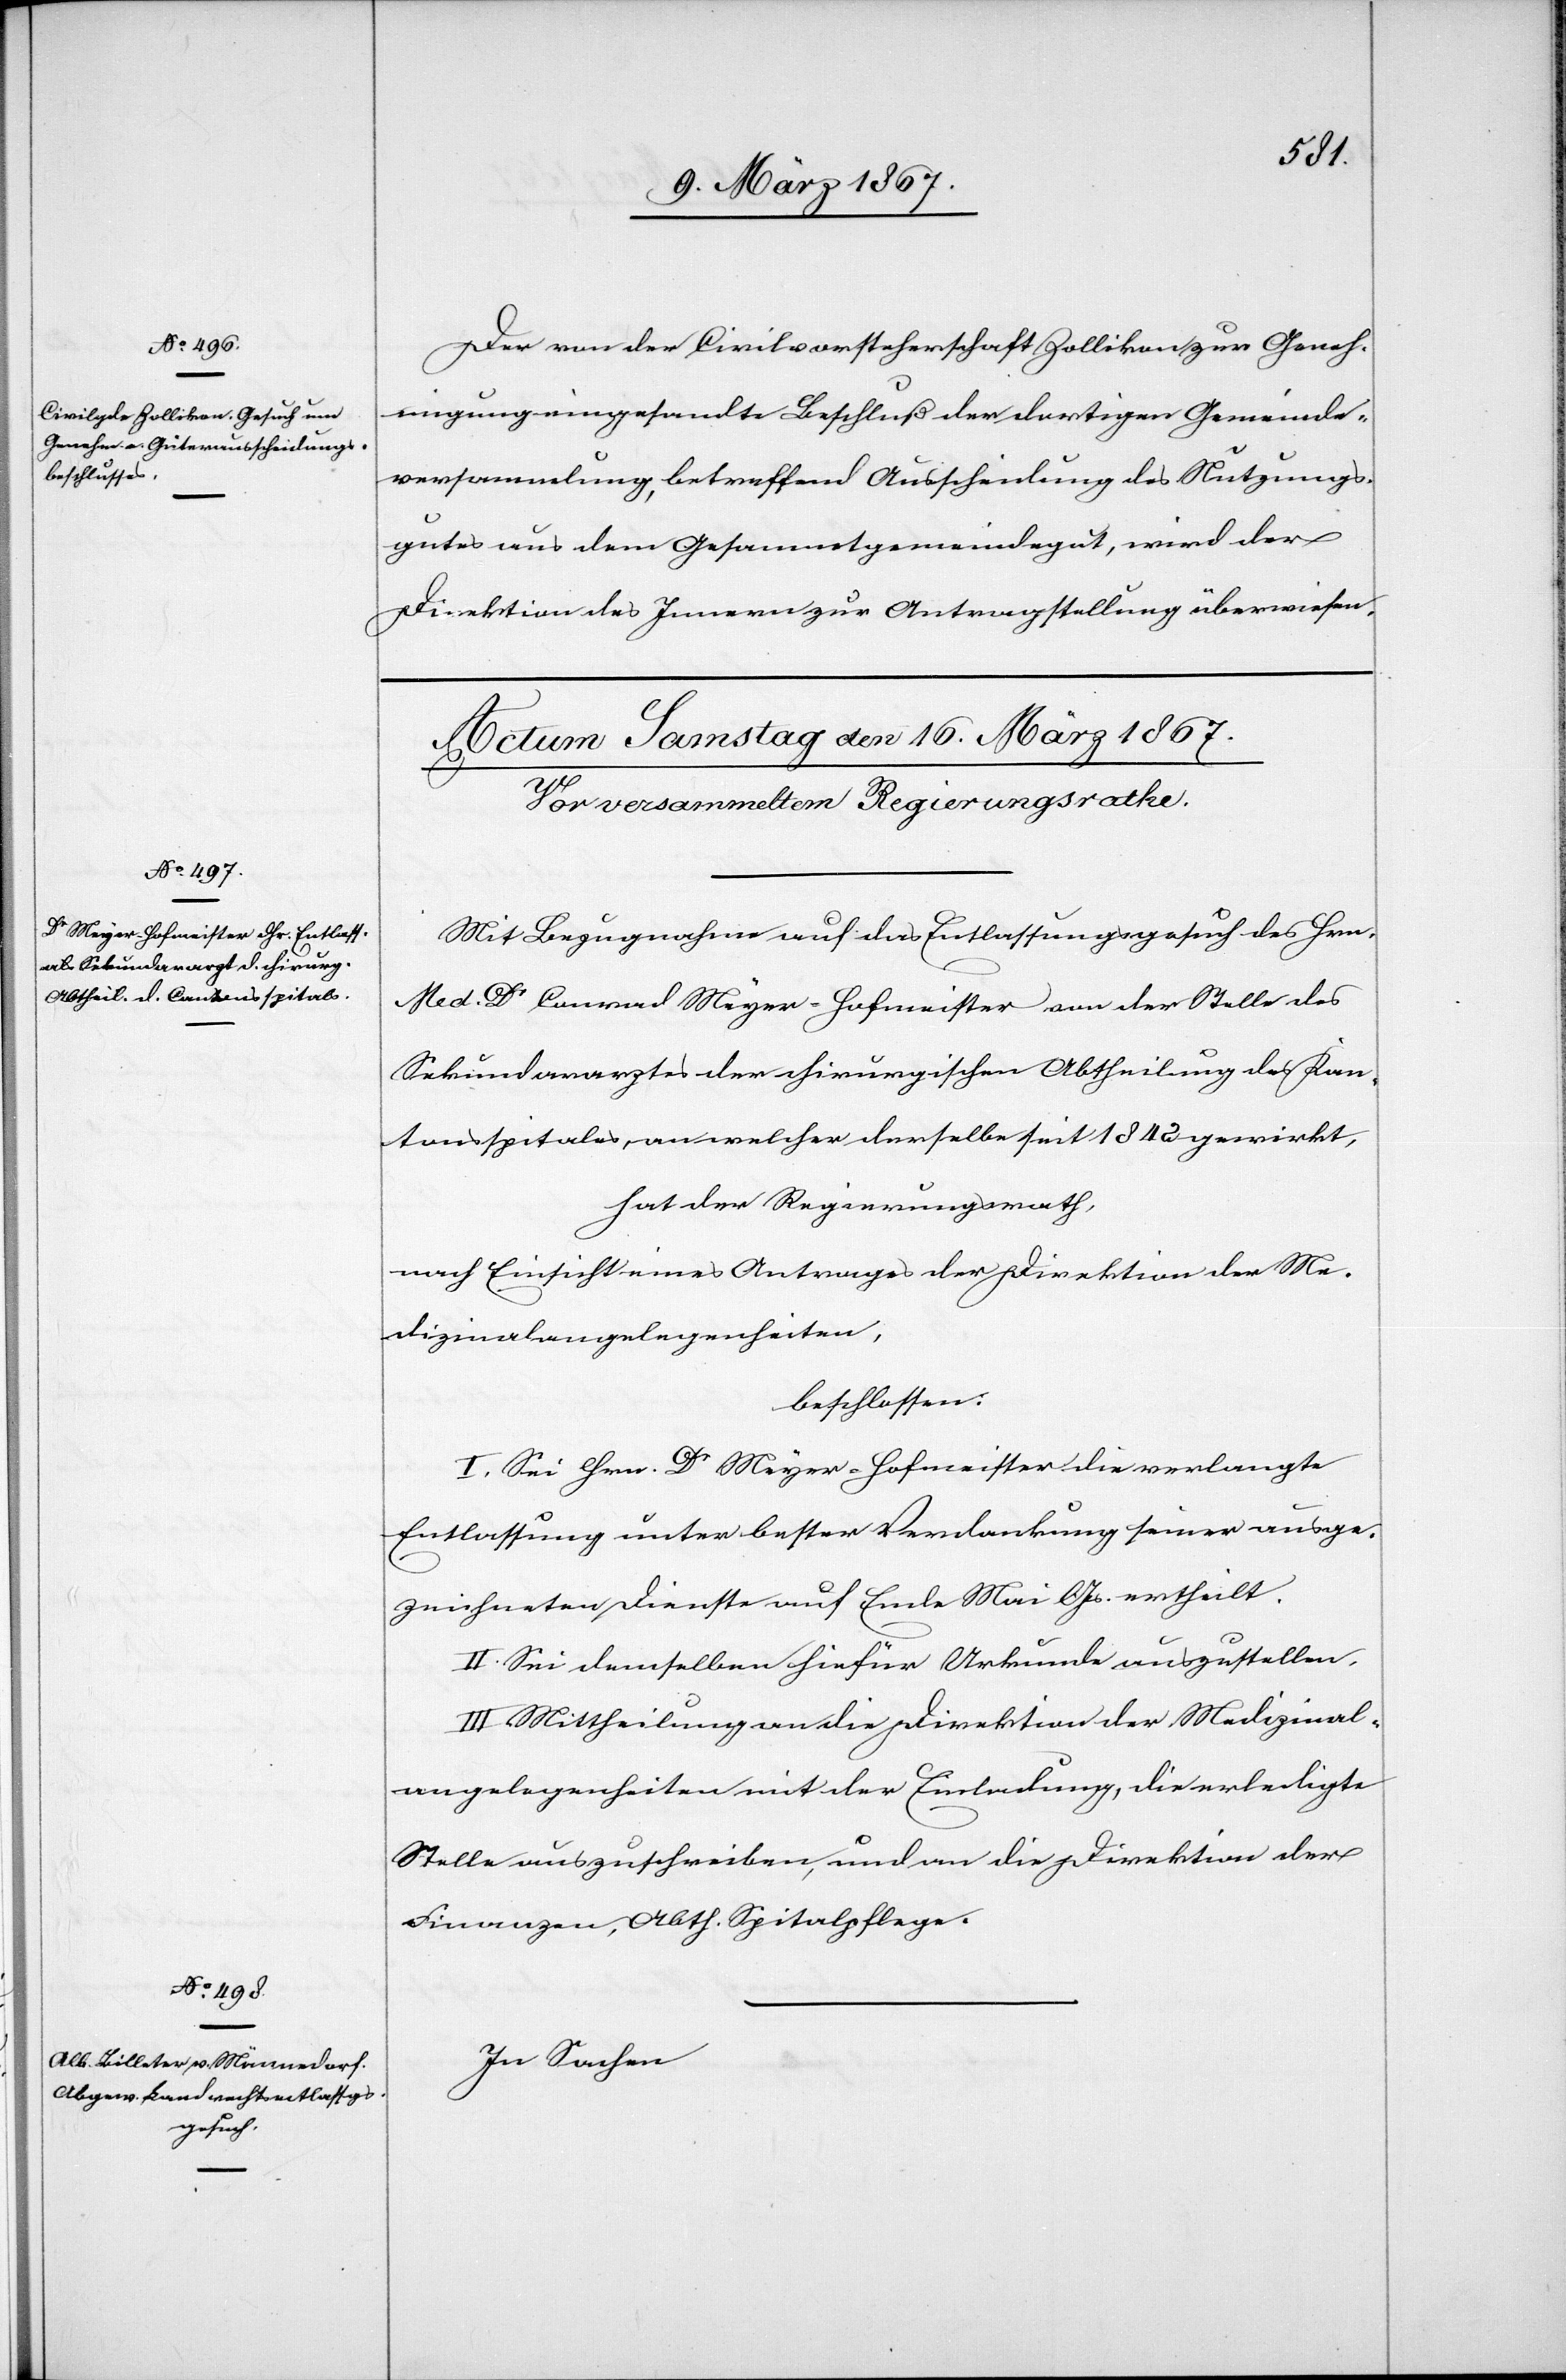
15. März 1867.]
Der von der Civilvorsteherschaft Zollikon zur Geneh¬
migung eingesandte Beschluß der dortigen Gemeinde¬
versammlung, betreffend Ausscheidung des Nutzungs¬
gutes aus dem Gesammtgemeindegut, wird der
Direktion des Innern zur Antragstellung überwiesen.
Mit Bezugnahme auf des Entlassungsgesuch des Hrn.
Med. Dr Conrad Meyer-Hofmeister von der Stelle des
Sekundararztes der chirurgischen Abtheilung des Kan¬
tonsspitales, an welcher derselbe seit 1842 gewirkt,
hat der Regierungsrath,
nach Einsicht eines Antrages der Direktion der Me¬
dizinalangelegenheiten,
beschlossen:
I. Sei Hrn. Dr Meyer-Hofmeister die verlangte
Entlassung unter bester Verdankung seiner ausge¬
zeichneten Dienste auf Ende Mai l. Js. ertheilt.
II. Sei demselben hiefür Urkunde auszustellen.
III. Mittheilung an die Direktion der Medizinal¬
angelegenheiten mit der Einladung, die erledigte
Stelle auszuschreiben, und an die Direktion der
Finanzen, Abth. Spitalpflege.
In Sachen